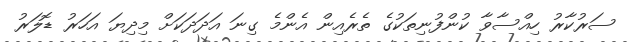
ސަރުކާރު ހިއްސާވާ ކުންފުނިތަކުގެ ތެރެއިން އެންމެ ގިނަ އަދަދަކަށް މިދިޔަ އަހަރު ޑޮލަރު